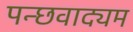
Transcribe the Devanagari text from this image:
पन्छवाद्यम